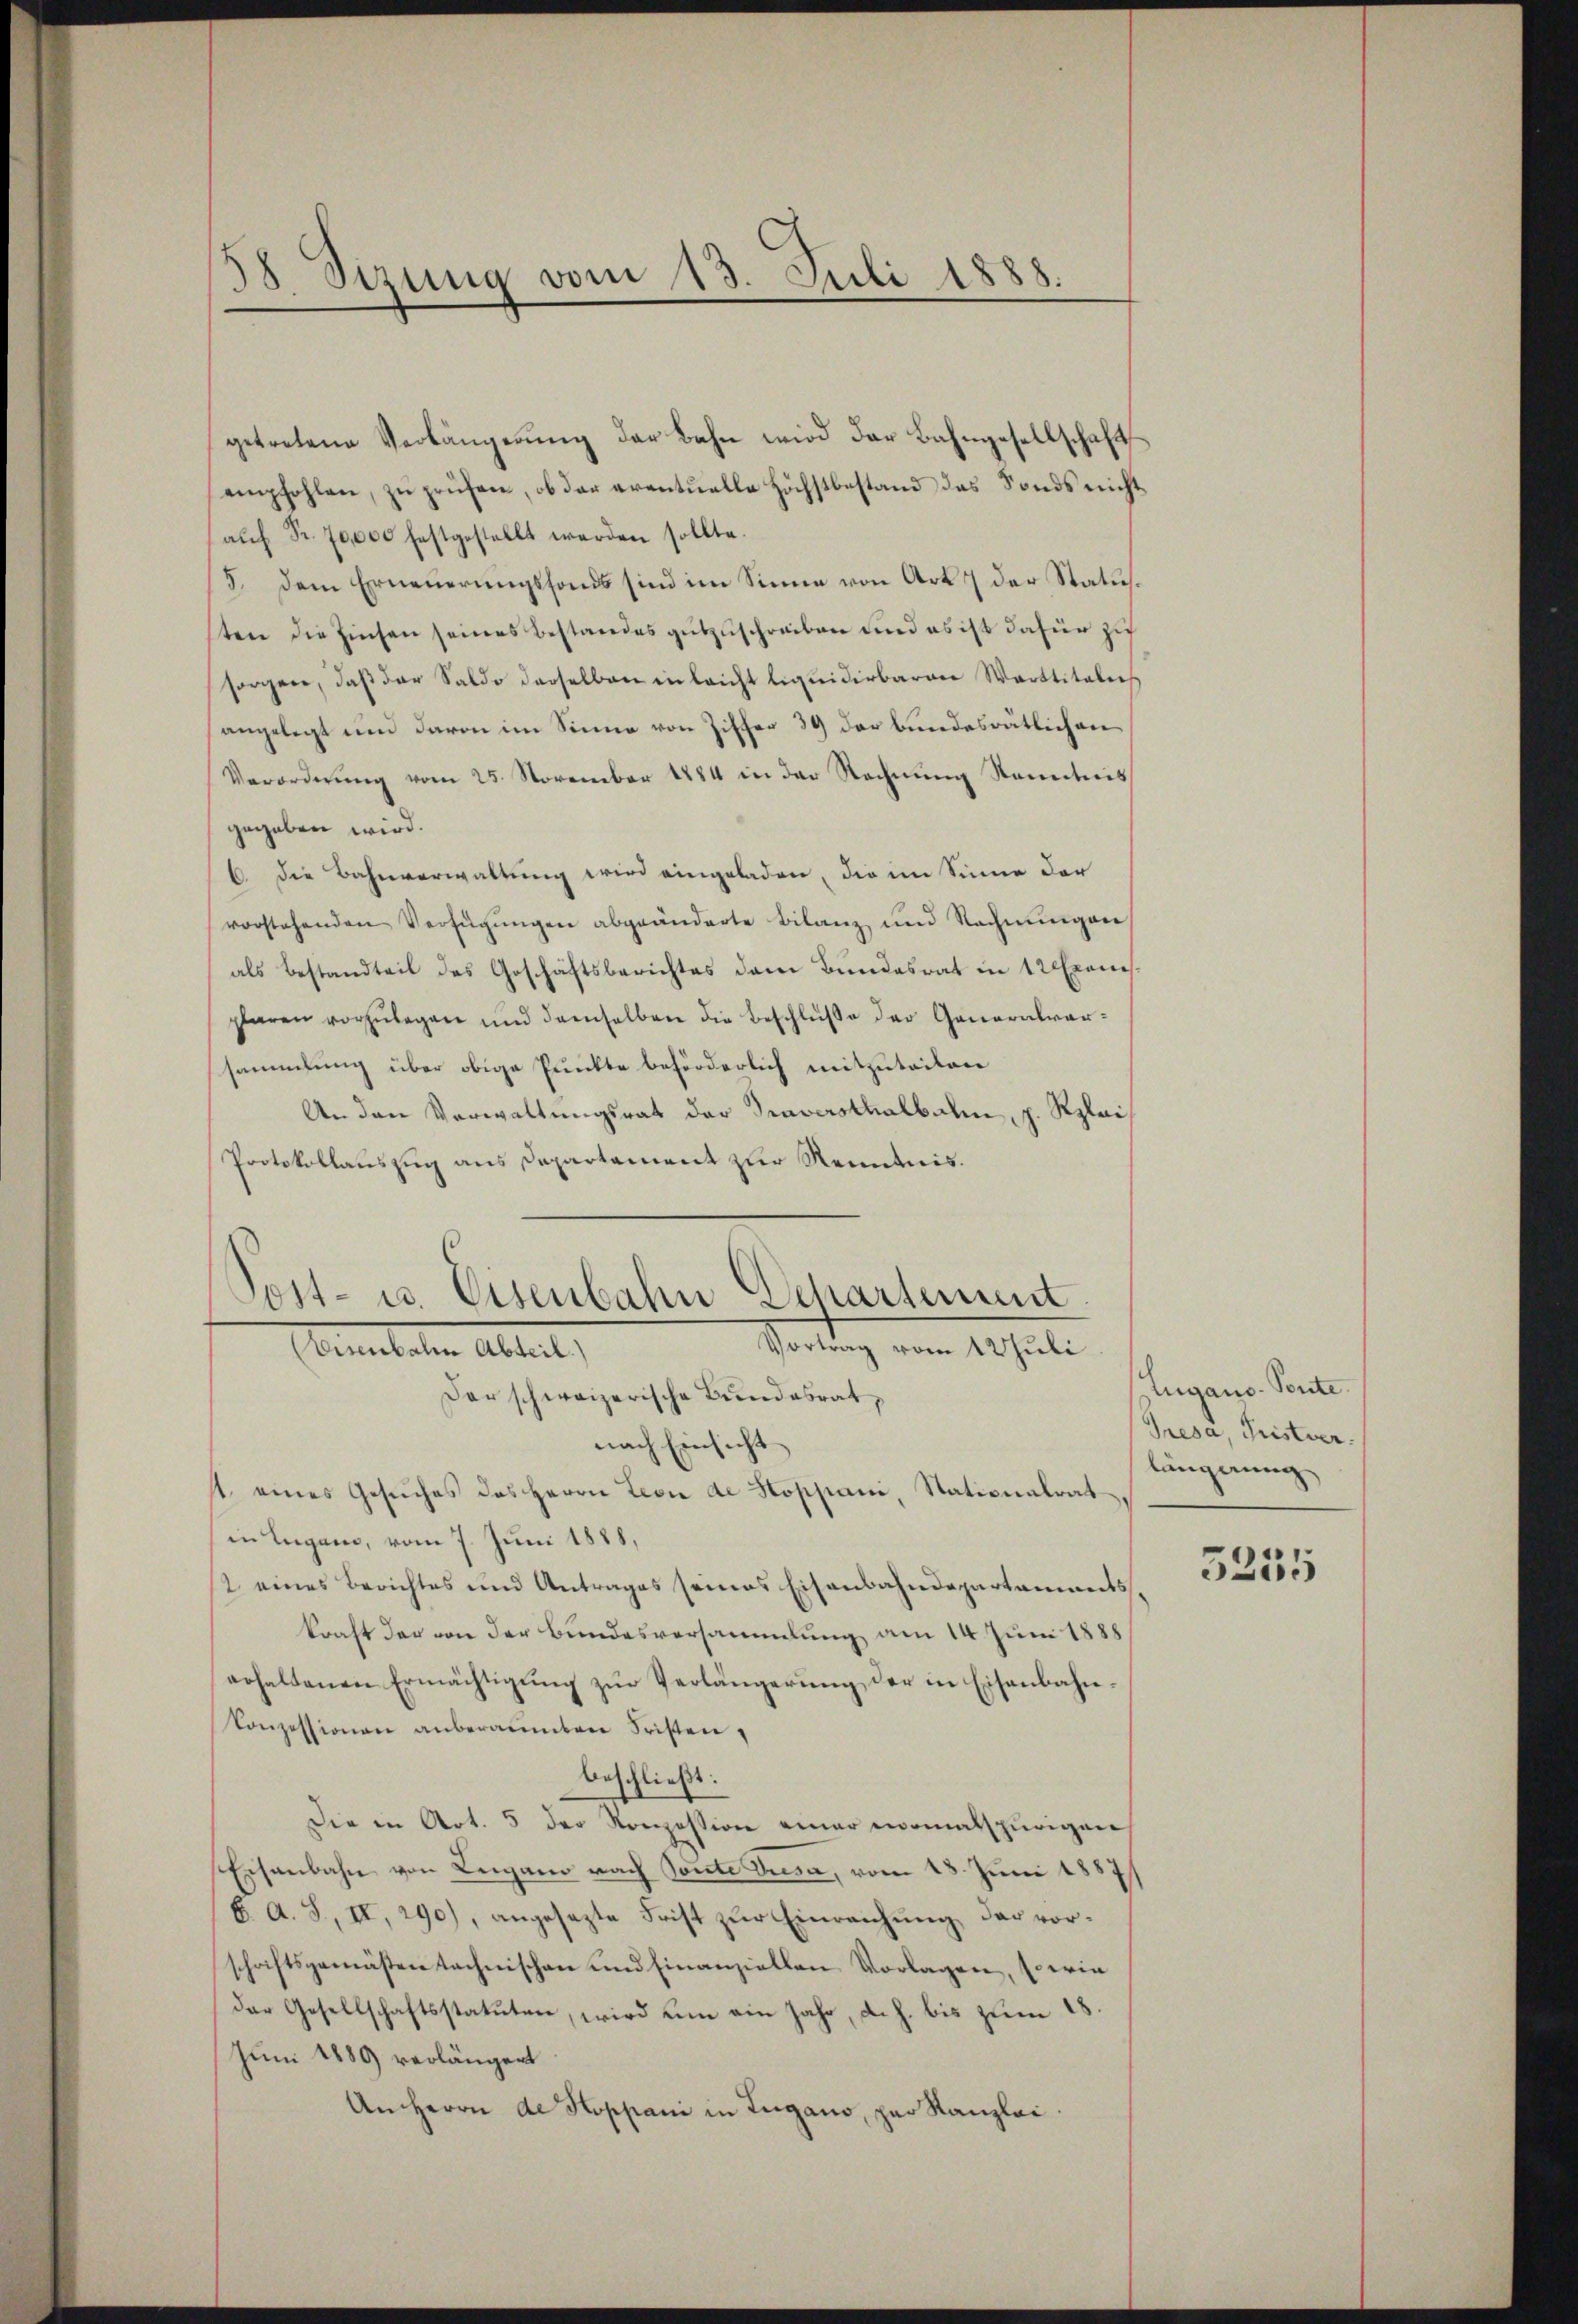
38. Sizung vom 13. Juli 1888.

getretene Verlängerŭng der Bahn wird der Bahngesellschaft
empfohlen, zu prüfen, ob der eventuelle Höchstbestand des Fonds nicht
aŭf Fr. 70,000 festgestellt werden sollte.
5. dem Erneuerungsfonds sind im Sinne von Art. 7 der Statusten die Zinsen seines Bestandes gutzuschreiben und es ist dafür zu
sorgen, daβ der Saldo derselben in leicht liquidirbaren Warttitalers
angelegt und davon im Sinne von Ziffer 39 der bundesrätlichen
Verordnŭng vom 25. November 1884 in der Rechnŭng Kenntnis
gegeben wird.
6. die Bahnverwaltung wird eingeladen, die im Sinne der
vorstehenden Verfügŭngen abgeänderte Bilanz und Rechnungen
als Bestandteil des Geschäftsberichtes dem Bundesrat in 12 Exemplaren vorzŭlegen und derselben die Beschlŭβe der Generalversammlung über obige Punkte beförderlich mitzuteilen
An den Verwaltungsrat der Traversthalbahn, p. Rplai¬
Protokollauszug aus Departement zur Renntnis.

Sost- u. Eisenbahn Departement
Vortrag vom 1 Juli
Ebmateten Abteil,

Der schweizerische Bundesrat,
nach Einsicht
st eines Gesŭches des Herrn Leone de Koppani, Stationalrat
in Lugano, vom 7. Juni 1888,
t eines Berichtes und Antrages seines Eisenbahndepartaments
kraft der von der Bundesversammlung am 14. Juni 1888
erhaltenen Ermächtigŭng zŭr Verlängerung der in Eisenbahn¬
Conzessionen anberaumten Fristen,
beschließt:
Die in Art. 5 der Konzession einer nomalspurigen
Eisenbahn von Lugano nach Sonnte Dusa, vom 18. Juni 1887
b. A. S. II, 290), angesezte Frist zur Einreichung der vorschriftsgemästen technischen und Finanziellen Vorlagen, so wie
der Gesellschaftsstatuten, wird um ein Jahr, d. h. bis zum 18
Juni 1889 verlängert
Anherrn de Hoppani in Zugano, per Kanzlei

Lugano - Ponte.
Presa Fristver
längerung

5255